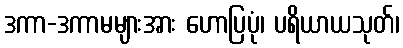
ဒကာ-ဒကာမများအား ဟောပြပုံ၊ ပရိယာယသုတ်၊